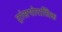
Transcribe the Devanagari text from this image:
ट्रांसथोरासिक